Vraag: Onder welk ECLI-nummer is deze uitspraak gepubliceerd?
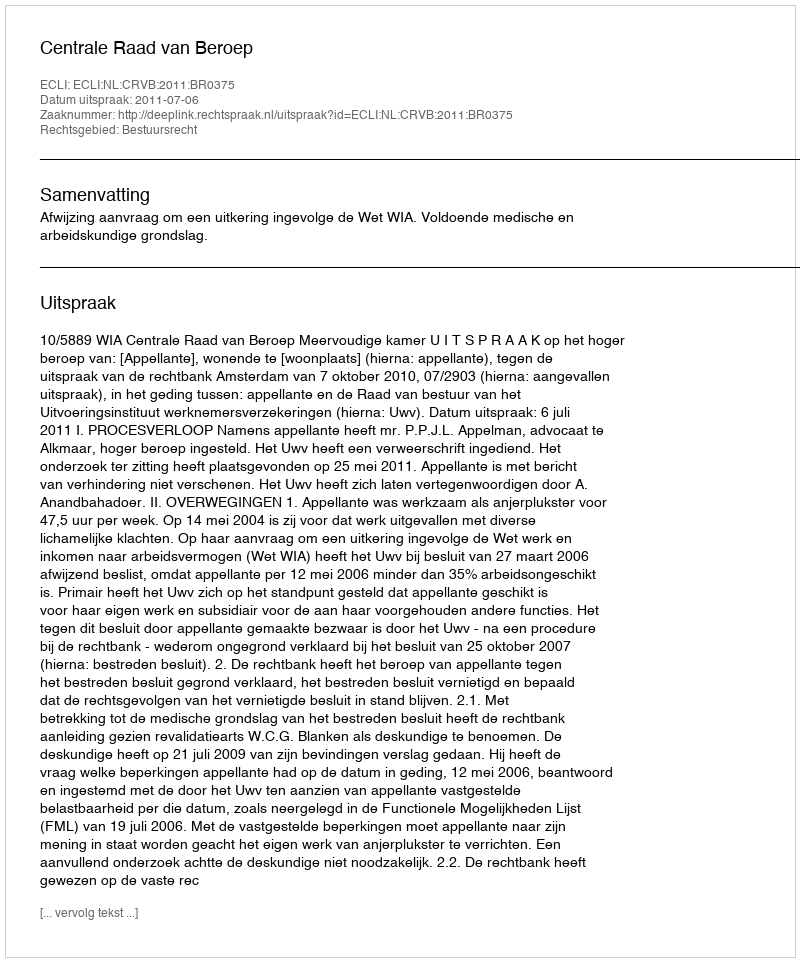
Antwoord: ECLI:NL:CRVB:2011:BR0375